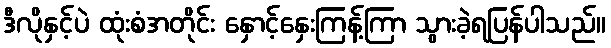
ဒီလိုနှင့်ပဲ ထုံးစံအတိုင်း နှောင့်နှေးကြန့်ကြာ သွားခဲ့ရပြန်ပါသည်။